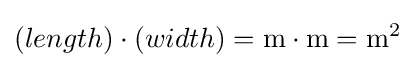
(length)\cdot (width)=\mathrm {m\cdot m} =\mathrm {m^{2}}